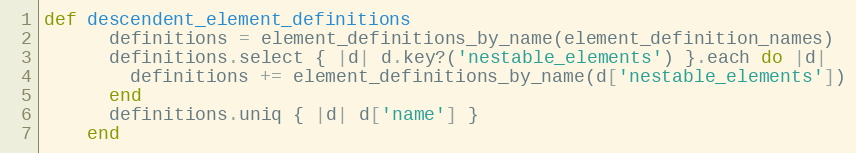
Language: Ruby
def descendent_element_definitions
      definitions = element_definitions_by_name(element_definition_names)
      definitions.select { |d| d.key?('nestable_elements') }.each do |d|
        definitions += element_definitions_by_name(d['nestable_elements'])
      end
      definitions.uniq { |d| d['name'] }
    end